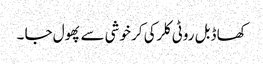
کھا ڈبل روٹی کلرکی کر خوشی سے پھول جا ۔